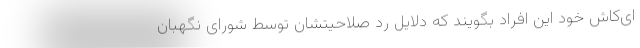
ای‌کاش خود این افراد بگویند که دلایل رد صلاحیتشان توسط شورای نگهبان